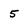
Character: 5